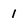
Character: 1